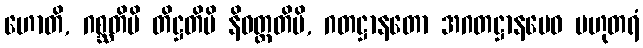
ဟောတိ, ဂစ္ဆတိပိ တိဋ္ဌတိပိ နိဝတ္တတိပိ, ဂတဋ္ဌာနတော အဂတဋ္ဌာနမေဝ ဗဟုတရံ